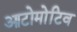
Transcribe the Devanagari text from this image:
आटोमोटिव